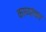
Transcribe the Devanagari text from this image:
काव्यांचल